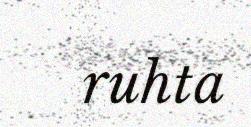
ruhta